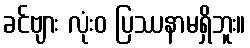
ခင်ဗျား လုံးဝ ပြဿနာမရှိဘူး။